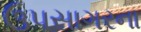
ઉપસાગરના